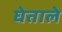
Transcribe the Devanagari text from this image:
घेताले